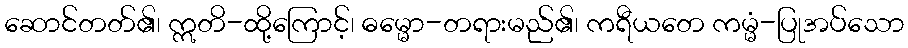
ဆောင်တတ်၏၊ ဣတိ-ထို့ကြောင့်၊ ဓမ္မော-တရားမည်၏၊ ကရီယတေ ကမ္မံ-ပြုအပ်သော